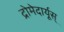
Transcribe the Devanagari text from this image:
द्रोमेदार्यूस्